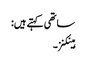
ساتھی کہتے ہیں:
ہینکنز۔